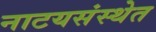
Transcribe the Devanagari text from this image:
नाटयसंस्थेत